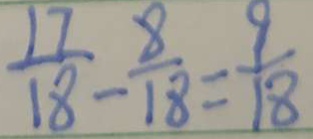
\frac { 1 7 } { 1 8 } - \frac { 8 } { 1 8 } = \frac { 9 } { 1 8 }